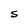
Character: S